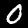
Digit: 0